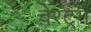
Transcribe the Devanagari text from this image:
बेरट्रम